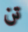
تن